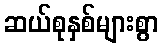
ဆယ်စုနှစ်များစွာ